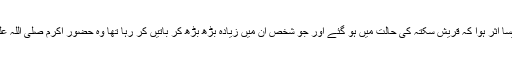
حضرت عبداللہ بن عمروؓ کہتے ہیں کہ حضور صلی اللہ علیہ وسلم کے اس کلام کا ایسا اثر ہوا کہ قریش سکتہ کی حالت میں ہو گئے اور جو شخص ان میں زیادہ بڑھ بڑھ کر باتیں کر رہا تھا وہ حضور اکرم صلی اللہ علیہ وسلم کے ساتھ نرمی سے باتیں کرنے لگا اور کہنے لگا کہ آپ تشریف لے جائیں۔